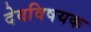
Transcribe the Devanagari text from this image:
देवविषयक